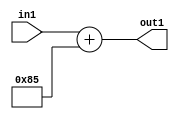
`timescale 1ps / 1ps
/*****************************************************************************
    Verilog RTL Description
    
    
    Created by: Stratus DpOpt 2019.1.01 
*******************************************************************************/

module DC_Filter_Add_12U_248_1 (
	in1,
	out1
	); /* architecture "behavioural" */ 
input [11:0] in1;
output [11:0] out1;
wire [11:0] asc001;

assign asc001 = 
	+(in1)
	+(12'B000010000101);

assign out1 = asc001;
endmodule

/* CADENCE  urnyTgs= : u9/ySgnWtBlWxVPRXgAZ4Og= ** DO NOT EDIT THIS LINE ******/